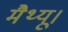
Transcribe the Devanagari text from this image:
मैथ्यू।